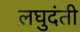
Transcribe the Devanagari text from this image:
लघुदंती